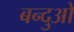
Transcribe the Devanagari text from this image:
बन्दुओ